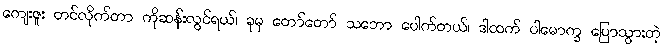
ကျေးဇူး တင်လိုက်တာ ကိုဆန်းလွင်ရယ်၊ ခုမှ တော်တော် သဘော ပေါက်တယ်၊ ဒါထက် ပါမောက္ခ ပြောသွားတဲ့